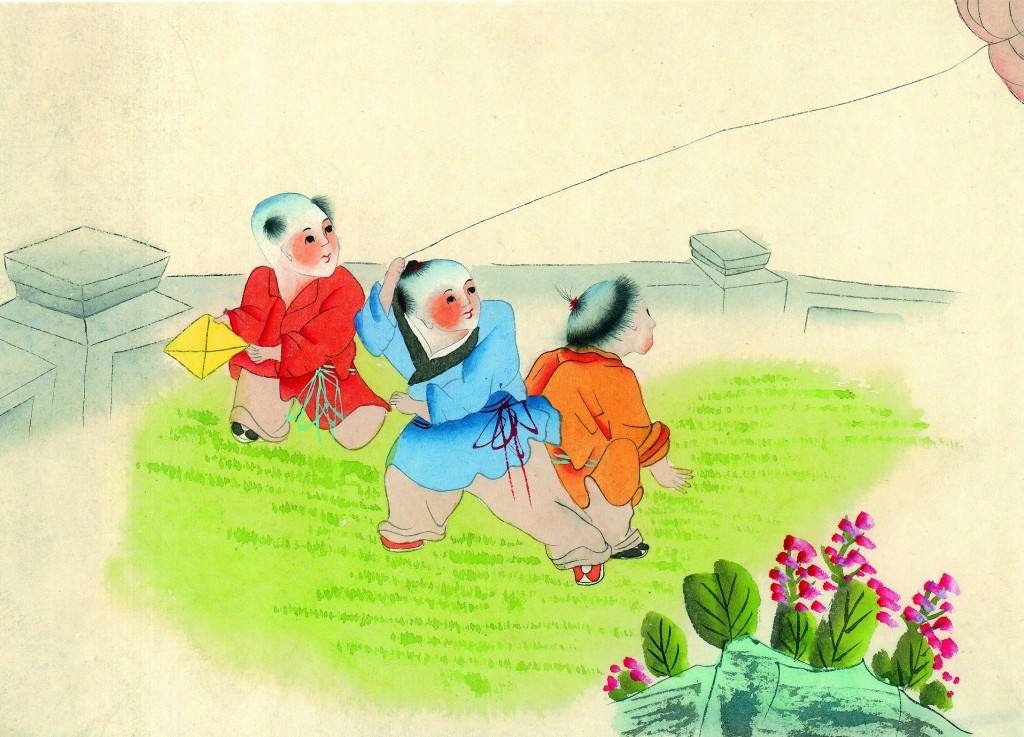
儿童散学归来早，忙趁东风放纸鸢。